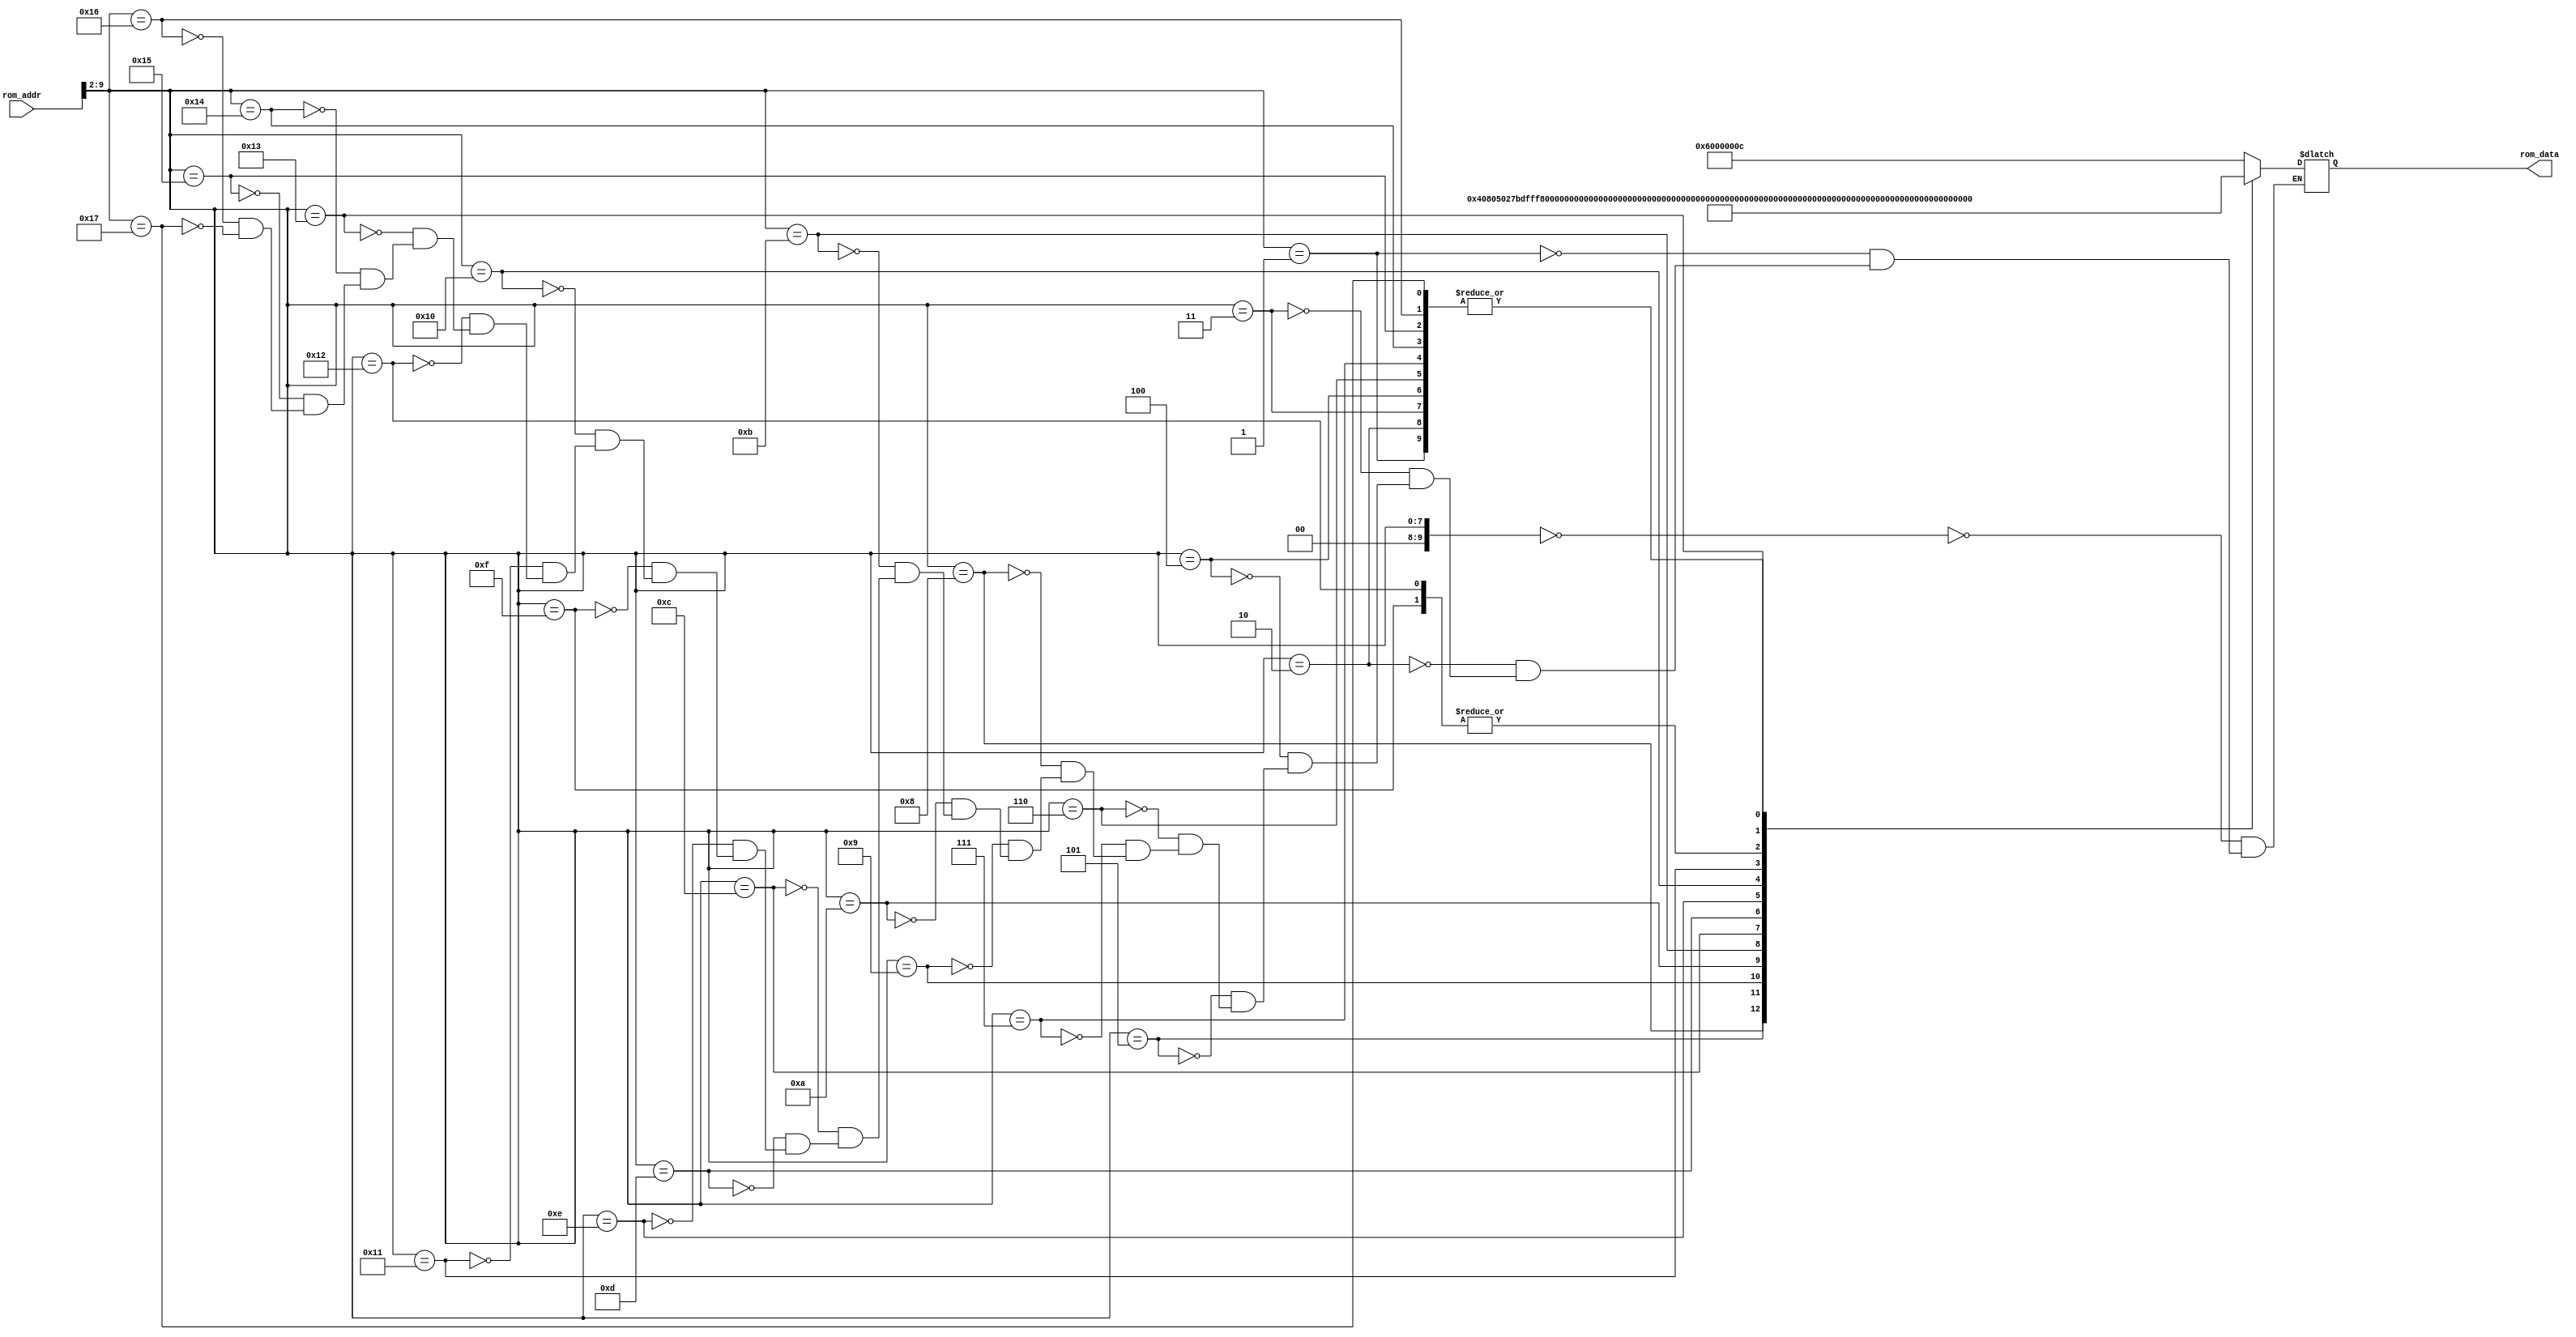
/*******************/
/* rom8x1024_sim.v */
/*******************/

//                  +----+
//  rom_addr[11:0]->|    |->rom_data[31:0]
//                  +----+

//
// ROM
//

module rom8x1024_sim (rom_addr, rom_data);

  input   [11:0]  rom_addr;  // 12-bit 
  output  [31:0]  rom_data;  // 32-bit 

  reg     [31:0]  data;

  // Wire
  wire     [9:0]  word_addr; // 10-bit address, word

  assign word_addr = rom_addr[9:2];
   
  always @(word_addr) begin
    case (word_addr)
      10'h000: data = 32'h6000000c; // 00400000: LLO, REG[0].[15:0]<=12; #NOT YET IMPREMENTED
      10'h001: data = 32'h00000000; // 00400004: SLL, REG[0]<=REG[0]<<0;
      10'h002: data = 32'h00000000; // 00400008: SLL, REG[0]<=REG[0]<<0;
      10'h003: data = 32'h00000000; // 0040000c: SLL, REG[0]<=REG[0]<<0;
      10'h004: data = 32'h00000000; // 00400010: SLL, REG[0]<=REG[0]<<0;
      10'h005: data = 32'h00408050; // 00400014: R type, unknown. func=16(10)
      10'h006: data = 32'h00000000; // 00400018: SLL, REG[0]<=REG[0]<<0;
      10'h007: data = 32'h00000000; // 0040001c: SLL, REG[0]<=REG[0]<<0;
      10'h008: data = 32'h27bdfff8; // 00400020: ADDIU, REG[29]<=REG[29]+65528(=0x0000fff8);
      10'h009: data = 32'hafbe0000; // 00400024: SW, RAM[REG[29]+0]<=REG[30];
      10'h00a: data = 32'h03a0f021; // 00400028: ADDU, REG[30]<=REG[29]+REG[0];
      10'h00b: data = 32'h24020300; // 0040002c: ADDIU, REG[2]<=REG[0]+768(=0x00000300);
      10'h00c: data = 32'hac400000; // 00400030: SW, RAM[REG[2]+0]<=REG[0];
      10'h00d: data = 32'h24030304; // 00400034: ADDIU, REG[3]<=REG[0]+772(=0x00000304);
      10'h00e: data = 32'h24020002; // 00400038: ADDIU, REG[2]<=REG[0]+2(=0x00000002);
      10'h00f: data = 32'hac620000; // 0040003c: SW, RAM[REG[3]+0]<=REG[2];
      10'h010: data = 32'h24030300; // 00400040: ADDIU, REG[3]<=REG[0]+768(=0x00000300);
      10'h011: data = 32'h24020001; // 00400044: ADDIU, REG[2]<=REG[0]+1(=0x00000001);
      10'h012: data = 32'hac620000; // 00400048: SW, RAM[REG[3]+0]<=REG[2];
      10'h013: data = 32'h0810000b; // 0040004c: J, PC<=0x0010000b*4(=0x0040002c);
      10'h014: data = 32'h00000000; // 00400050: SLL, REG[0]<=REG[0]<<0;
      10'h015: data = 32'h00000000; // 00400054: SLL, REG[0]<=REG[0]<<0;
      10'h016: data = 32'h00000000; // 00400058: SLL, REG[0]<=REG[0]<<0;
      10'h017: data = 32'h00000000; // 0040005c: SLL, REG[0]<=REG[0]<<0;
    endcase
  end

  assign rom_data = data;
endmodule